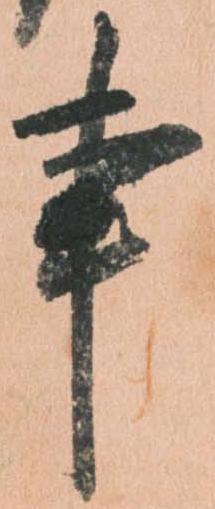
事